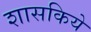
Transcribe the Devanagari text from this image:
शासकिये